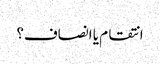
انتقام یا انصاف؟